Civil Veterinary Department Bihar reports 1940-50 - 1940-1950
Year: 1940
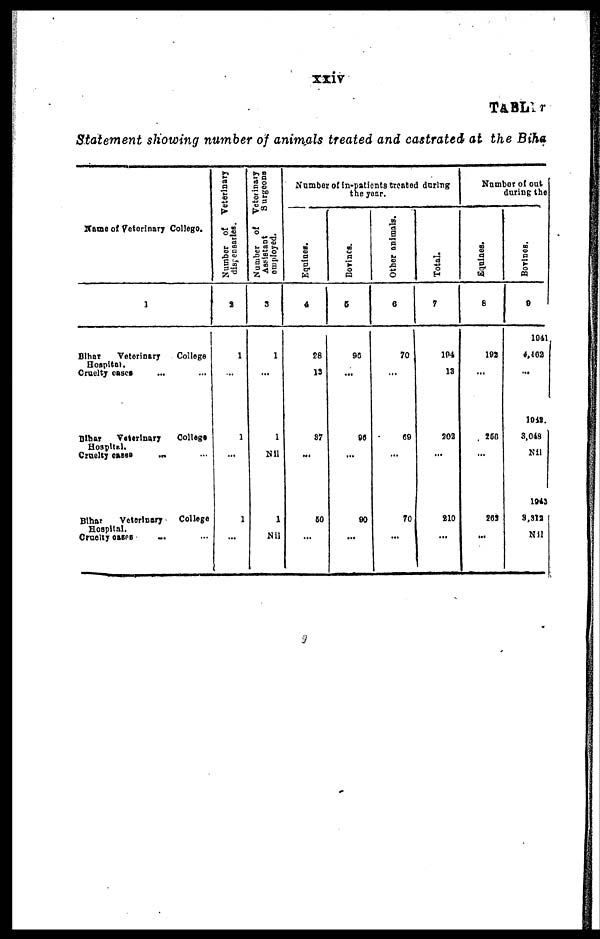
xxiv
TABLE
Statement showing number of animals treated and castrated at the Bihar
Name of Veterinary College.
1
Bihar
Veterinary
College
Hospital.
Cruelty cases ... ...
Bihar
Veterinary
College
Hospital.
Cruelty cases ... ...
Bihar
Veterinary
College
Hospital.
Cruelty cases ... ...
Number of Veterinary
dispensaries.
2
1
...
1
...
1
...
Number of Veterinary
Assistant
Surgeons
employed.
3
1
...
1
Nil
1
Nil
Number of in-patients treated during
the year.
Equines.
4
28
13
87
...
50
...
Bovines.
5
90
...
96
...
90
...
Other animals.
6
70
...
69
...
70
...
Total.
7
194
13
202
...
210
...
Number of out
during the
Equines.
8
192
...
256
...
263
...
Bovines.
9
1941
4,462
...
1018.
3,048
Nil
1943
3,312
Nil